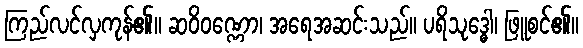
ကြည်လင်လှကုန်၏။ ဆဝိဝဏ္ဏော၊ အရေအဆင်းသည်။ ပရိသုဒ္ဓေါ၊ ဖြူစင်၏။